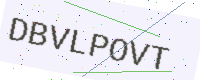
Text: DBVLPOVT